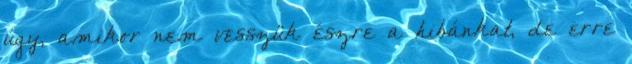
úgy, amikor nem vesszük észre a hibánkat, de erre